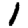
Digit: 1